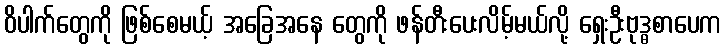
ဝိပါက်တွေကို ဖြစ်စေမယ့် အခြေအနေ တွေကို ဖန်တီးပေးလိမ့်မယ်လို့ ရှေးဦးဗုဒ္ဓစာပေက